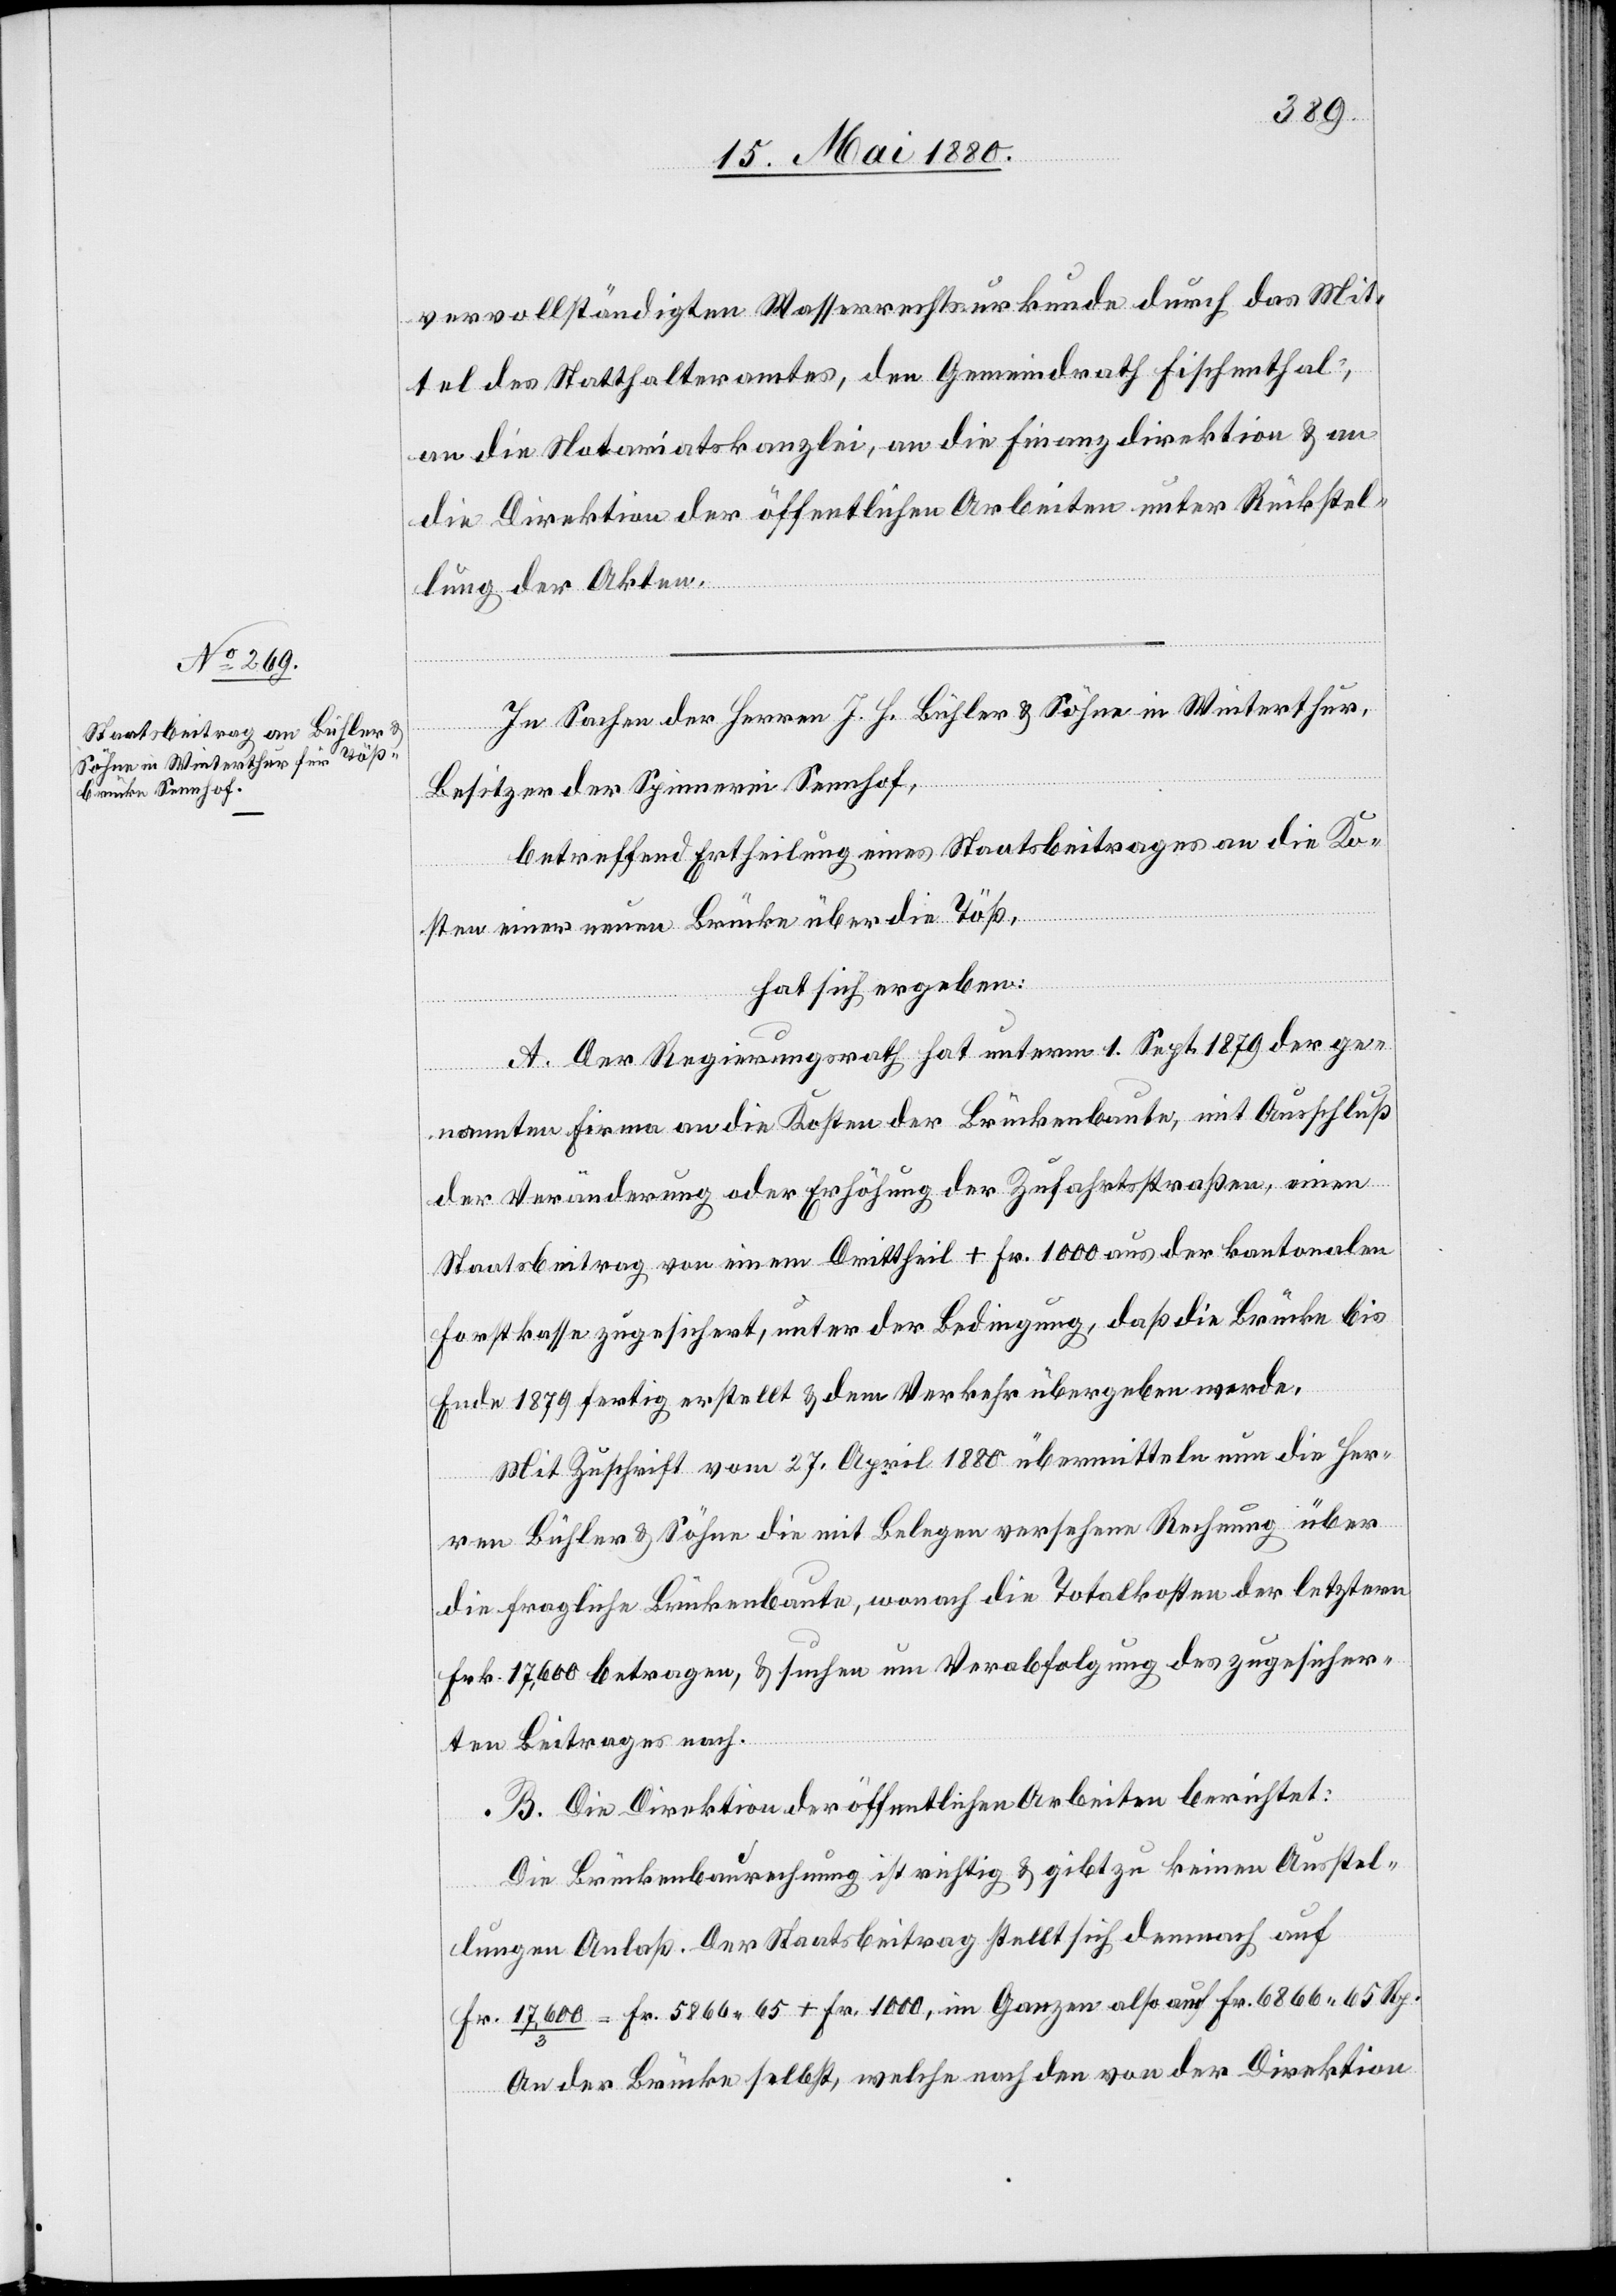
vervollständigten Wasserrechtsurkunde durch das Mit¬
tel des Statthalteramtes, den Gemeindrath Fischenthal,
an die Notariatskanzlei, an die Finanzdirektion & an
die Direktion der öffentlichen Arbeiten unter Rückstel¬
lung der Akten.
In Sachen der Herren J. H. Bühler & Söhne in Winterthur,
Besitzer der Spinnerei Sennhof,
betreffend Ertheilung eines Staatsbeitrages an die Ko¬
sten einer neuen Brücke über die Töß,
hat sich ergeben:
A. Der Regierungsrath hat unterm 1. Sept. 1879 der ge¬
nannten Firma an die Kosten der Brückenbaute, mit Ausschluß
der Veränderung oder Erhöhung der Zufahrtsstraßen, einen
Staatsbeitrag von einem Drittheil + Fr. 1000 aus der kantonalen
Forstkasse zugesichert, unter der Bedingung, daß die Brücke bis
Ende 1879 fertig erstellt & dem Verkehr übergeben werde.
Mit Zuschrift vom 27. April 1880 übermitteln nun die Her¬
ren Bühler & Söhne die mit Belegen versehene Rechnung über
die fragliche Brückenbaute, wonach die Totalkosten der letztern
Frk. 17,600 betragen, & suchen um Verabfolgung des zugesicher¬
ten Beitrages nach.
B. Die Direktion der öffentlichen Arbeiten berichtet:
Die Brückenbaurechnung ist richtig & gibt zu keinen Ausstel¬
lungen Anlaß. Der Staatsbeitrag stellt sich demnach auf
Fr. 17,600/3 = Fr. 5866.65 + Fr. 1000, im Ganzen also auf Fr. 6866. 65 Rp.
An der Brücke selbst, welche nach den von der Direktion